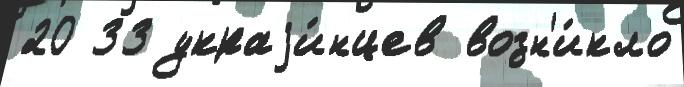
20 33 украjи́нцев возн'и́кло